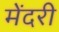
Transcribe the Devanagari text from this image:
मेंदरी